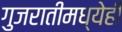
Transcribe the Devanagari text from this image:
गुजरातीमध्येही